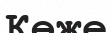
Көже